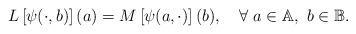
LaTeX: \begin{align*}L \left[\psi(\cdot,b)\right] (a)=M \left[\psi(a,\cdot)\right] (b),\quad\forall\ a \in \mathbb{A},\ b \in \mathbb{B}.\end{align*}